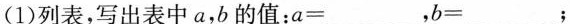
(1)列表，写出表中a，b的值：$$a = _____$$，$$b = ______$$；